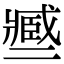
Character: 𢨑